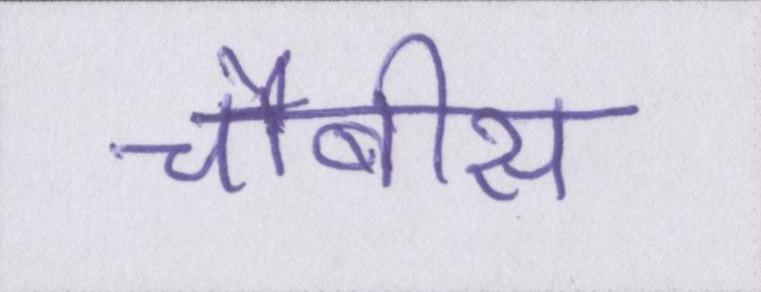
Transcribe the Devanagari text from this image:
चौबीस